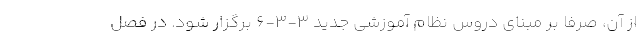
از آن، صرفا بر مبنای دروس نظام آموزشی جدید 3-3-6 برگزار ‌شود. در فصل